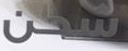
شحن